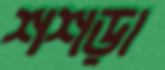
শশড়া